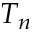
T _ { n }